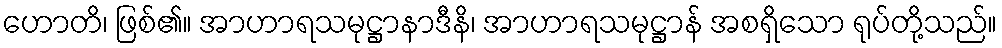
ဟောတိ၊ ဖြစ်၏။ အာဟာရသမုဋ္ဌာနာဒီနိ၊ အာဟာရသမုဋ္ဌာန် အစရှိသော ရုပ်တို့သည်။